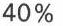
40 %